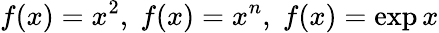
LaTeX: f(x)=x^{2},\; f(x)=x^{n},\; f(x)=\exp{x}